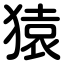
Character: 猿